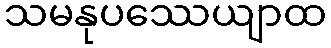
သမနုပဿေယျာထ